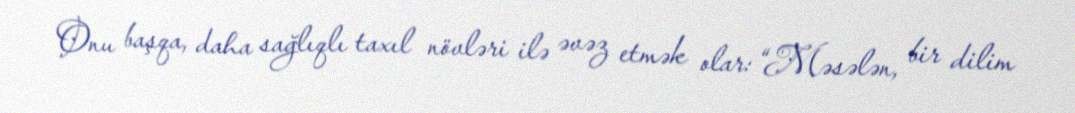
Onu başqa, daha sağlıqlı taxıl növləri ilə əvəz etmək olar: “Məsələn, bir dilim